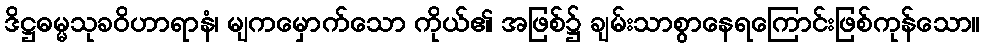
ဒိဋ္ဌဓမ္မသုခဝိဟာရာနံ၊ မျကမှောက်သော ကိုယ်၏ အဖြစ်၌ ချမ်းသာစွာနေရကြောင်းဖြစ်ကုန်သော။